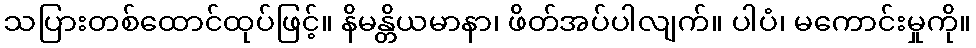
သပြားတစ်ထောင်ထုပ်ဖြင့်။ နိမန္တိယမာနာ၊ ဖိတ်အပ်ပါလျက်။ ပါပံ၊ မကောင်းမှုကို။